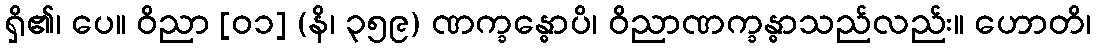
ရှိ၏၊ ပေ။ ဝိညာ [၀၁] (နိ၊ ၃၅၉) ဏက္ခန္ဓောပိ၊ ဝိညာဏက္ခန္ဓာသည်လည်း။ ဟောတိ၊